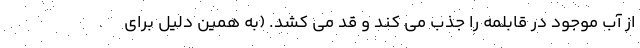
از آب موجود در قابلمه را جذب می کند و قد می کشد. (به همین دلیل برای